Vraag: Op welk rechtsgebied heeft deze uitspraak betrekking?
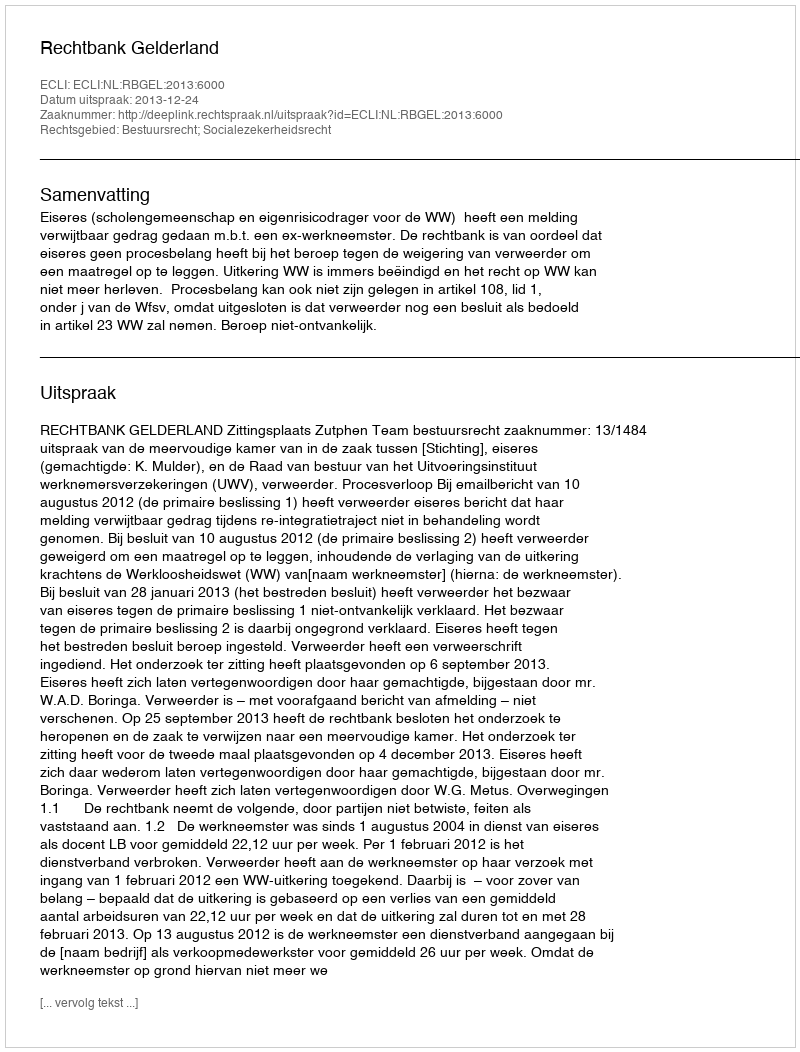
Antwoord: Bestuursrecht; Socialezekerheidsrecht